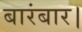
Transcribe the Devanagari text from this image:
बारंबार।